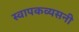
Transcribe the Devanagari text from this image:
स्वापकव्यसनी